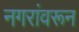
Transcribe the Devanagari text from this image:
नगरांवरून